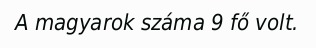
A magyarok száma 9 fő volt.